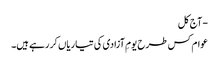
- آج کل
عوام کس طرح یومِ آزادی کی تیاریاں کر رہے ہیں۔